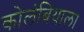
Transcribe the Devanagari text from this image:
कोलंबियाला